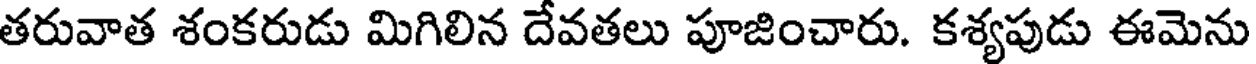
తరువాత శంకరుడు మిగిలిన దేవతలు పూజించారు. కశ్యపుడు ఈమెను